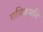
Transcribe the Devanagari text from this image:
रासिकमनि